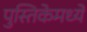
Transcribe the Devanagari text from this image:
पुस्तिकेमध्ये